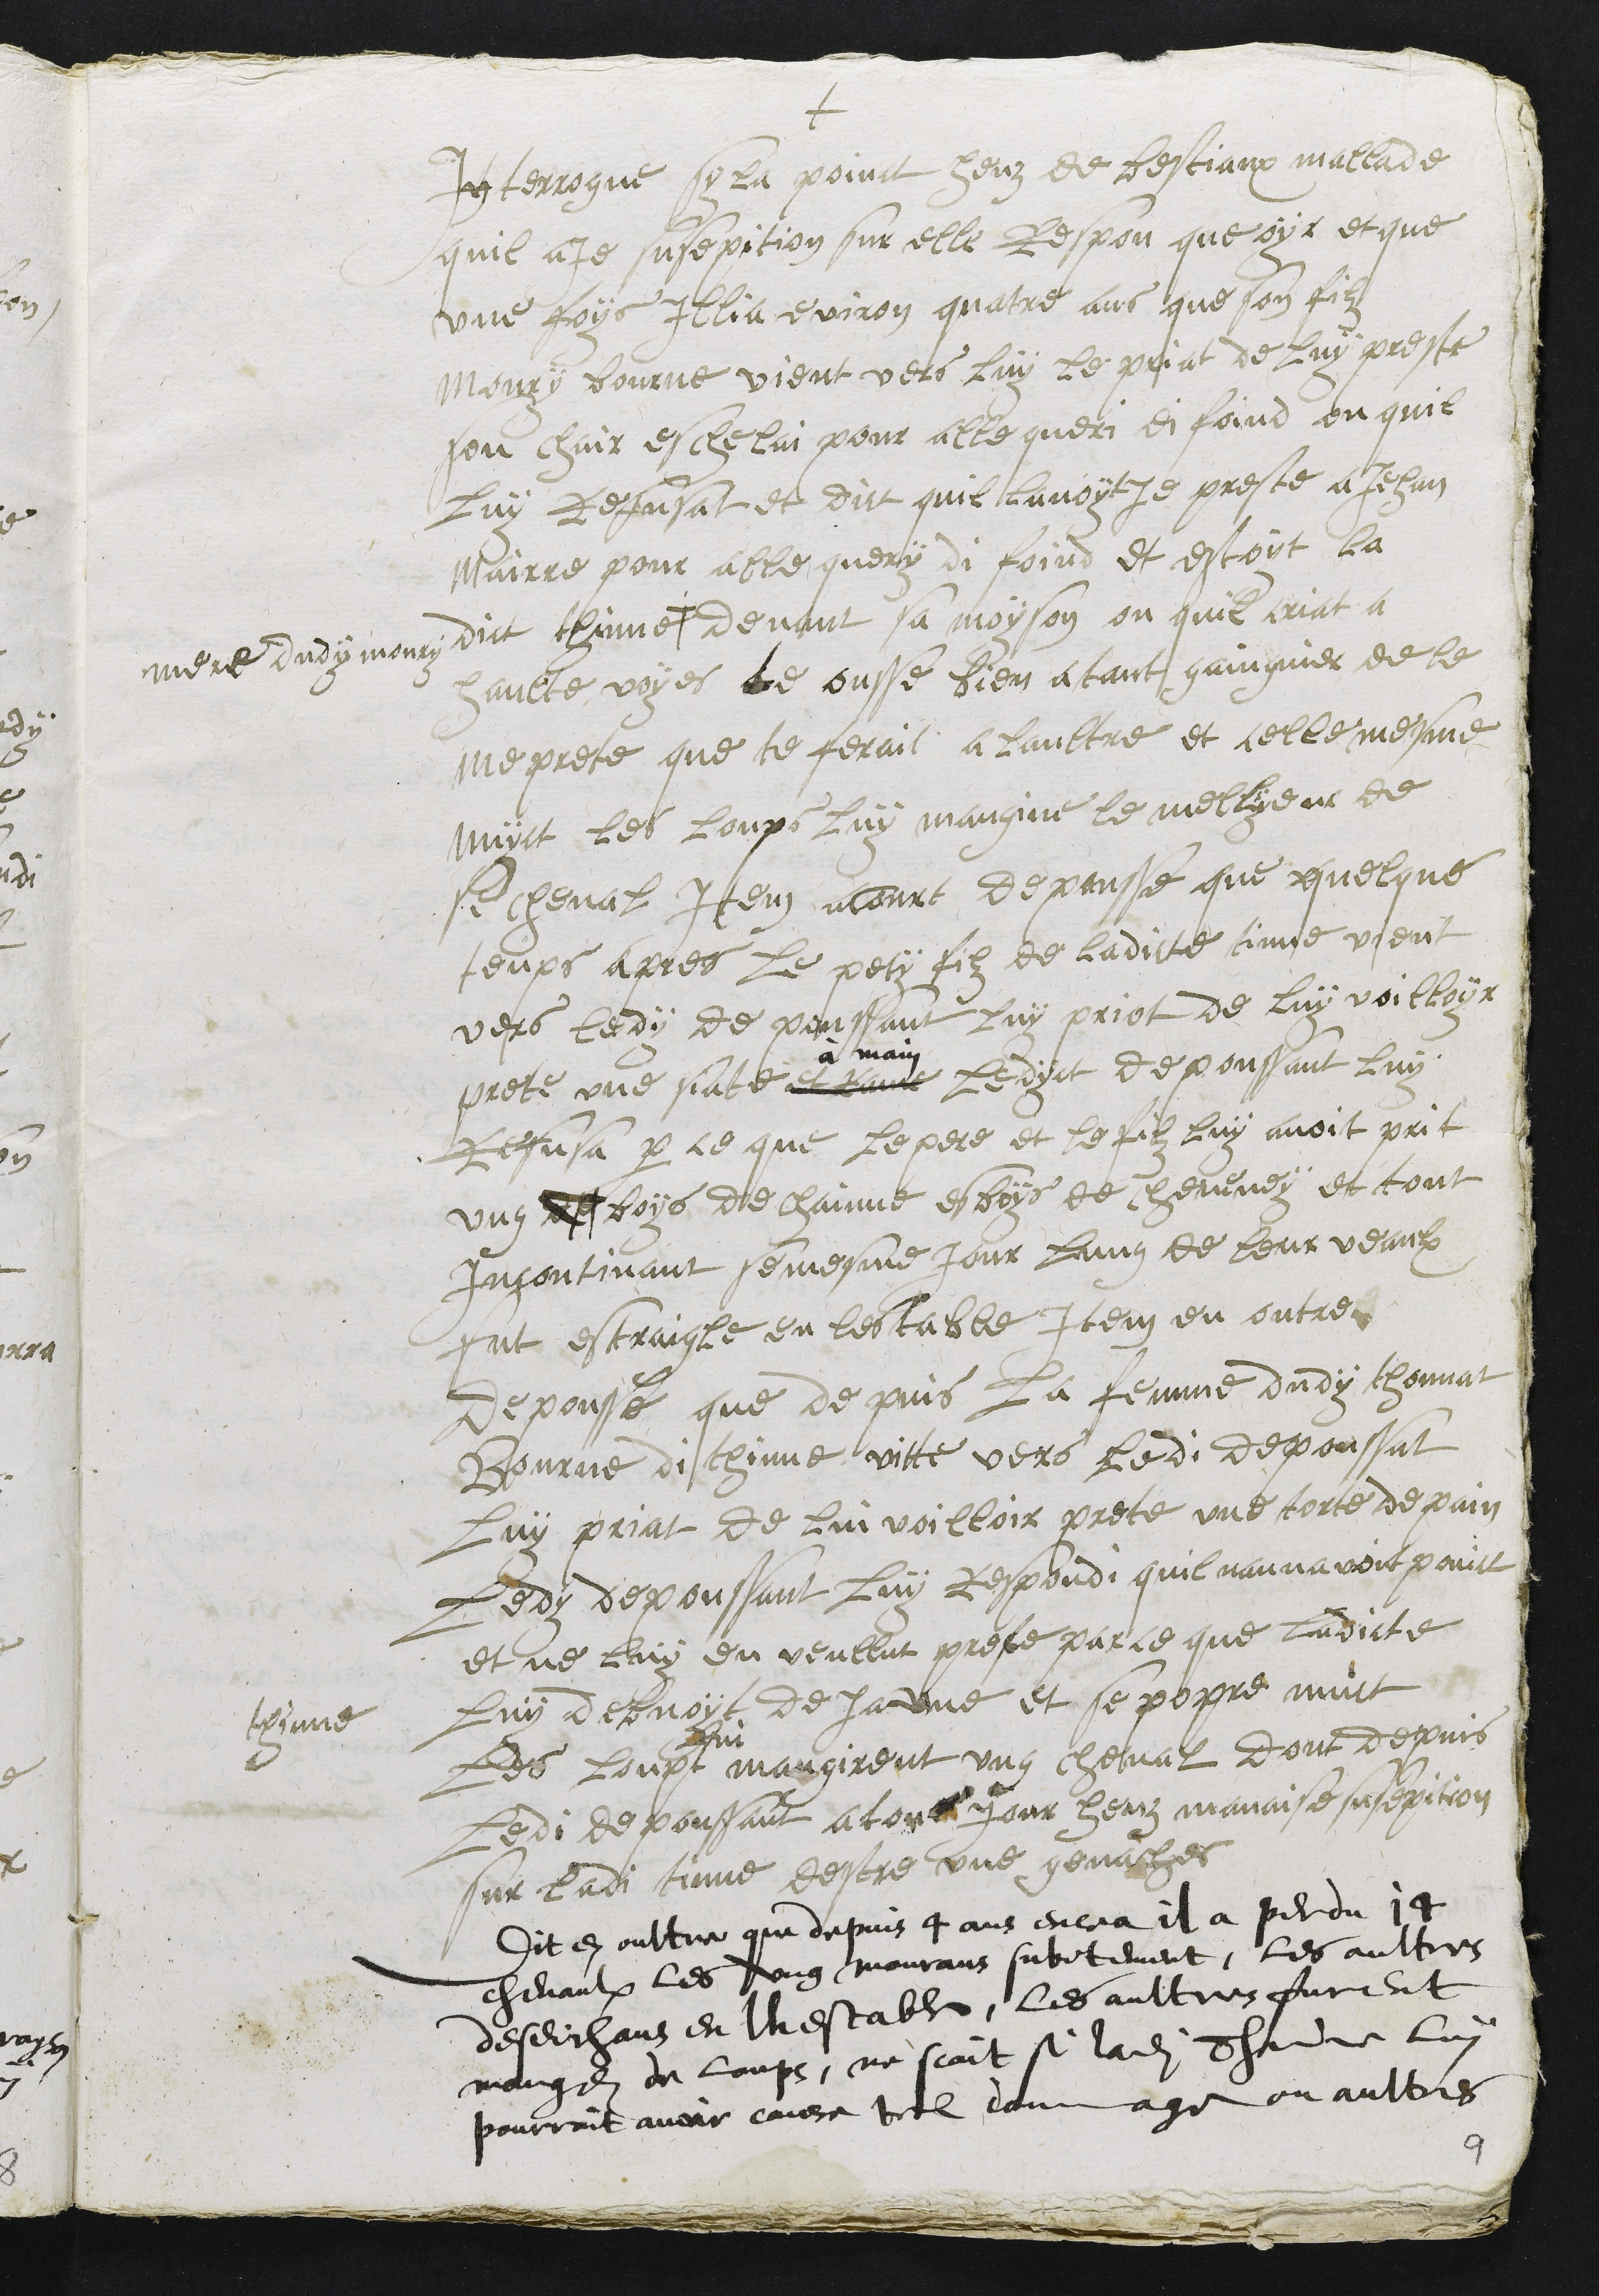
+
Interrogue syla poinct heuz de bestiaux mallade
quil aje susepition sur elle Respon que oyr et que
une foys Illia eviron quatre ans que son filz
Moury bourne vient vers luy le priat de luy preste
son chair eschelai pour alle queri di foind ou quil
luy refusat et dict quil lavoyt je preste a Jehan
Mairre pour alle query di foind et estoyt la
dict thinne
mere dudy moury
devant sa moyson ou quil criat a
haulte voyes te ousse bien a tant gaingnier de le
me prete que te ferait a laultre et celle mesme
nuyct les loups luy mangnie le mellyeur de
se cheval Item acourt depousse que quelque
temps apres le pety filz de ladicte tinne vient
vers ledy de poussant luy priot de luy voilloyr
prete une siate et rame
à main
Ledyct depoussant luy
Refusa par ce que le pere et le filz luy avoit prit
ung boys de chainne es boys de cheveney et tout
incontinant se mesme jour lung de leur veaulx
fut estraigle en lestable Item en outre
depousse que depuis la femme dudy thonnat
Bourne di thinne vitte vers ledit depoussat
luy priat de lui voilloir prete une torte de pain
Ledy depoussant luy respondi quil nannavoit poinct
et ne luy en veullut preste parce que ladicte
thinne
luy debvoit deJa une et se popre nuict
les loupt
lui
mangirent ung cheval dont depuis
ledi depoussant a tout jour heuz mavaise susepition
sur ladi tinne destre une genache
Dit en oultre que depuis 4 ans encea il a perdu 14
chevaulx les ung mourans subitement, les aultres
deseichans en lhestable, les aultres furent
mangez de loups, ne scait si ladite Thinne luy
pourroit avoir cause tel dommage ou aultres
9